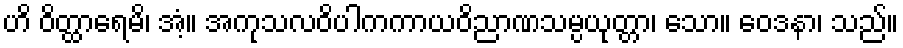
ဟိ ဝိတ္ထာရေမိ၊ အံ့။ အကုသလဝိပါကကာယဝိညာဏသမ္ပယုတ္တာ၊ သော။ ဝေဒနာ၊ သည်။